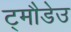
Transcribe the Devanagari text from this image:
ट्मौडेउ